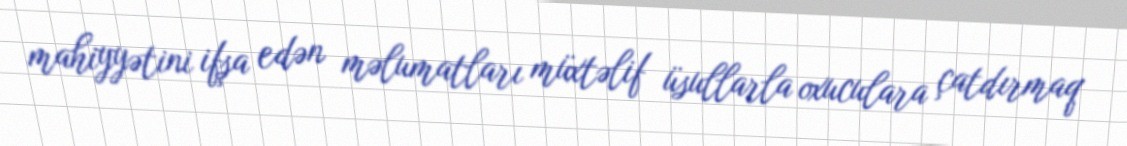
mahiyyətini ifşa edən məlumatları müxtəlif üsullarla oxuculara çatdırmaq